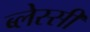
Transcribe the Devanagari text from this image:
ब्लेस्सी